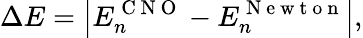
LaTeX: \Delta E=\left|E_{n}^{\mathrm{~C~N~O~}}-E_{n}^{\mathrm{~N~e~w~t~o~n~}}\right|,